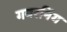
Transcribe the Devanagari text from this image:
गवरनिंग